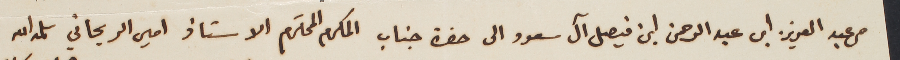
من عبد العزيز ابن عبد الرحمن ابن فيصل آل سعود الى حضرة جناب المكرم المحترم الاستاذ امين الريحاني سلمه الله